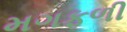
મગફળી